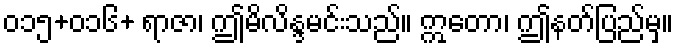
၀၁၅+၀၁၆+ ရာဇာ၊ ဤမိလိန္ဒမင်းသည်။ ဣတော၊ ဤနတ်ပြည်မှ။